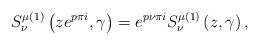
LaTeX: \begin{align*}S_{\nu}^{\mu\left( 1\right) }\left( {ze^{p\pi i},\gamma}\right)=e^{p\nu\pi i}S_{\nu}^{\mu\left( 1\right) }\left( {z,\gamma}\right) ,\end{align*}